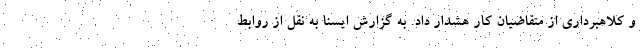
و کلاهبرداری از متقاضیان کار هشدار داد. به گزارش ایسنا به نقل از روابط